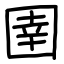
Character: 圉